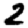
Digit: 2